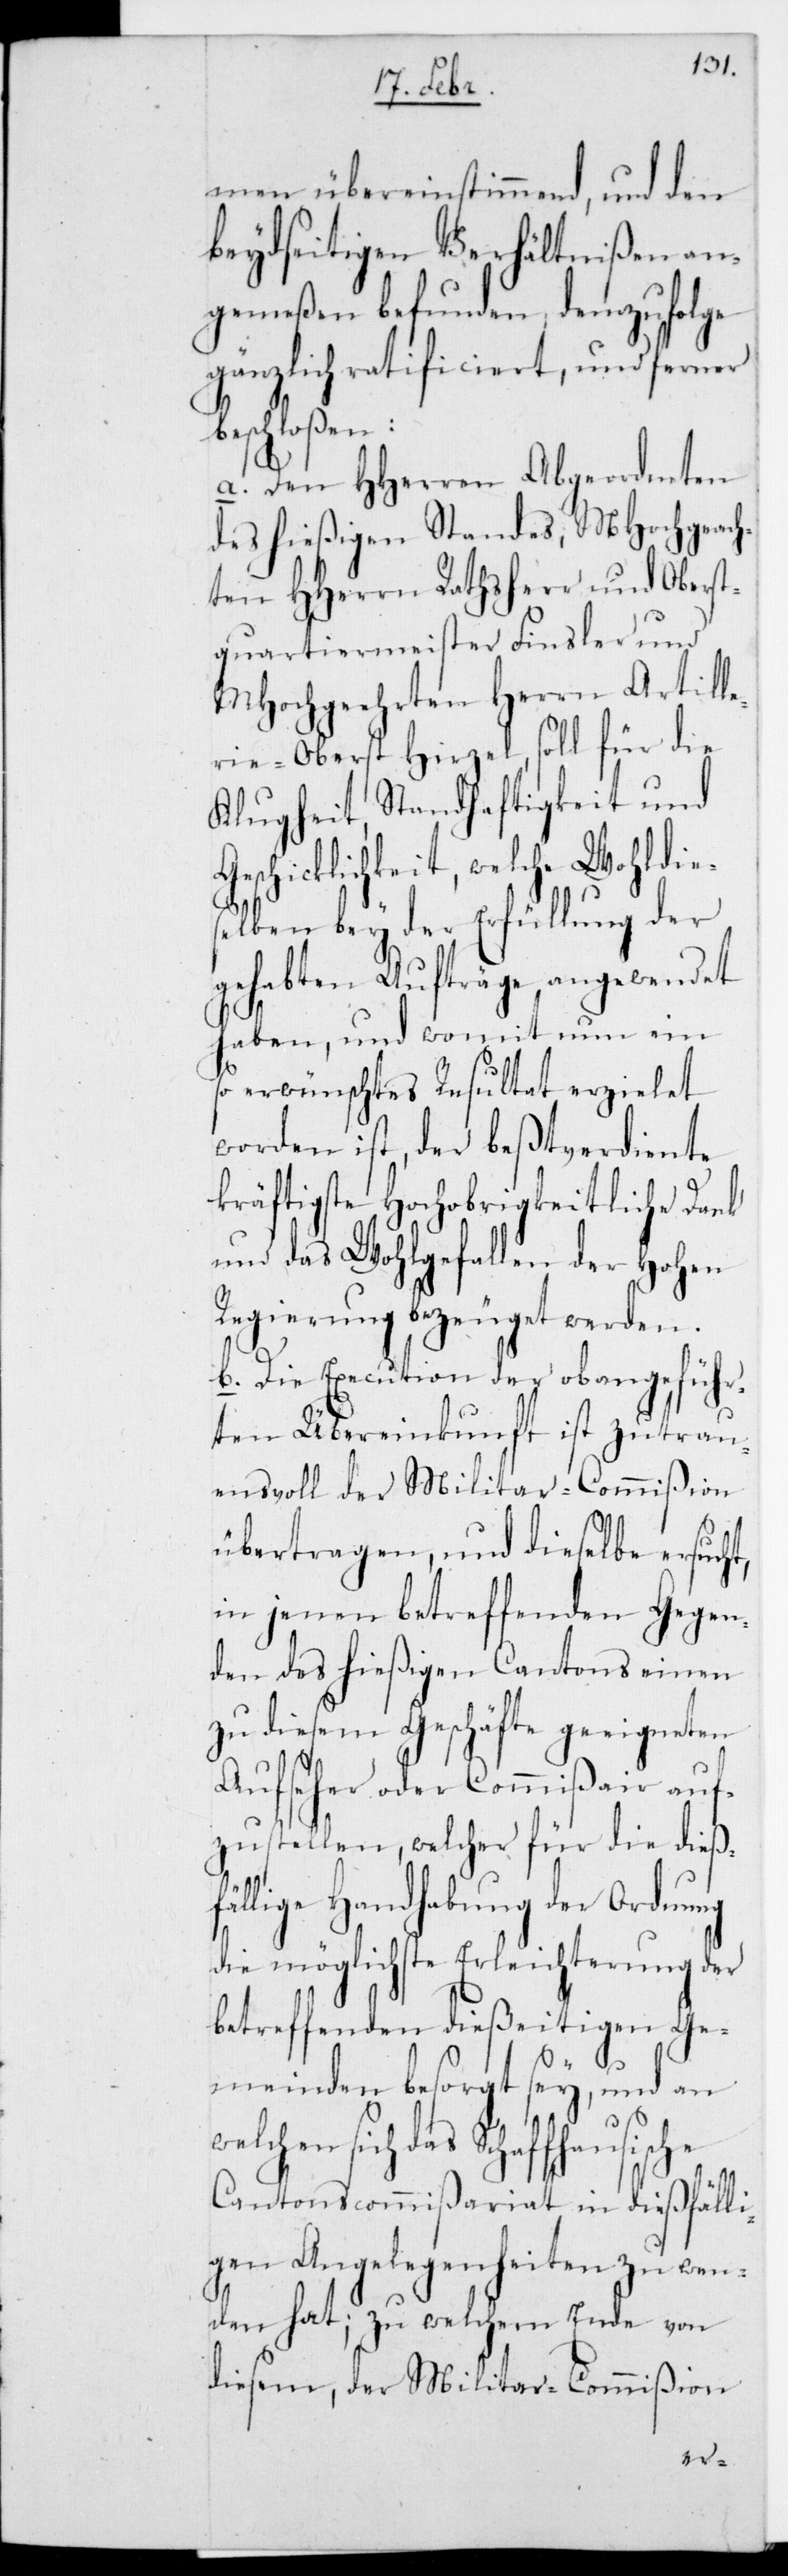
men übereinstimmend, und den
beydseitigen Verhältnißen an¬
gemeßen befunden, demzufolge
gänzlich ratificiert, und ferner
beschloßen:
a. Den HHerren Abgeordneten
des hießigen Standes, MHochgeach¬
ten HHerrn Rathsherr und Oberst¬
quartiermeister Finsler und
MHochgeehrten Herrn Artill¬
erieoberst Hirzel, soll für die
Klugheit, Standhaftigkeit und
Geschicklichkeit, welche wohldies¬
elben bey der Erfüllung der
gehabten Aufträge angewendet
haben, und womit nun ein
so erwünschtes Resultat erzielet
worden ist, der beßtverdiente
kräftigste Hochobrigkeitliche Dank
und das Wohlgefallen der Hohen
Regierung bezeuget werden.
b. Die Execution der obangeführ¬
ten Übereinkunft ist zutrau¬
ensvoll der Militar-Commißion
übertragen, und dieselbe ersucht,
in jenen betreffenden Gegen¬
den des hießigen Cantons einen
zu diesem Geschäfte geeigneten
Aufseher oder Commißair auf¬
zustellen, welcher für die dieß¬
fällige Handhabung der Ordnung
die möglichste Erleichterung der
betreffenden dießeitigen Ge¬
meinden besorgt sey, und an
sich das Schaffhausische
Cantonscommißariat in dießfälli¬
gen Angelegenheiten zu wen¬
den hat; zu welchem Ende von
diesem, der Militar-Commißion